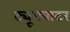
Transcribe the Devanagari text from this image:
ट्यूमवाटर